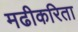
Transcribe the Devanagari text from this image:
मढीकरिता